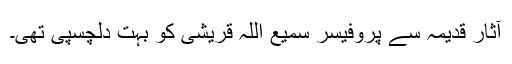
آثار قدیمہ سے پروفیسر سمیع اللہ قریشی کو بہت دلچسپی تھی۔